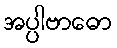
အပ္ပါဗာဓော